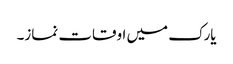
یارک میں اوقات نماز۔